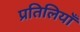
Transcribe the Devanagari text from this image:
प्रतिलियाँ